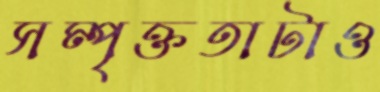
সম্পৃক্ততাটাও